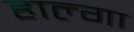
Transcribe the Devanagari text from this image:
हाल्गा